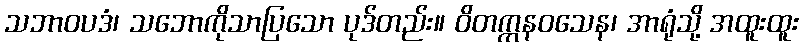
သဘာဝပဒံ၊ သဘောကိုသာပြသော ပုဒ်တည်း။ ဝိတက္ကနဝသေန၊ အာရုံသို့ အထူးထူး